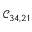
\mathcal { C } _ { 3 4 , 2 1 }